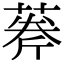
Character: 𦶘